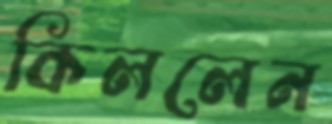
কিললেন